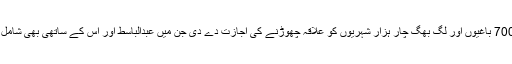
معاہدے کے نتیجے میں شامی حکومت نے 700 باغیوں اور لگ بھگ چار ہزار شہریوں کو علاقہ چھوڑنے کی اجازت دے دی جن میں عبدالباسط اور اس کے ساتھی بھی شامل تھے، جنہیں یہ کتب خانہ چھوڑ کر جانا پڑا۔